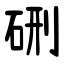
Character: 硎